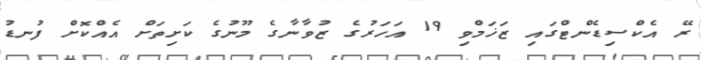
ރޭ އެކްސިޑެންޓްގައި ޒަޚަމްވި 19 އަހަރުގެ ޒުވާނާގެ މޫނުގެ ކަށިތަށް އެއްކޮށް ފުނޑު